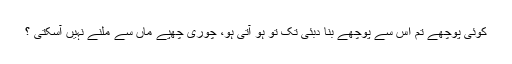
کوئی پوچھے تم اس سے پوچھے بنا دبئی تک تو ہو آتی ہو، چوری چھپے ماں سے ملنے نہیں آسکتی ؟